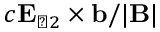
c \mathbf { E } _ { \perp 2 } \times \mathbf { b } / \vert \mathbf { B } \vert